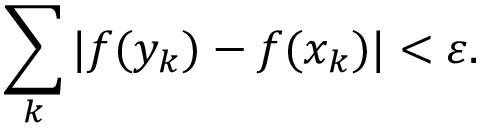
\sum _ { k } | f ( y _ { k } ) - f ( x _ { k } ) | < \varepsilon .